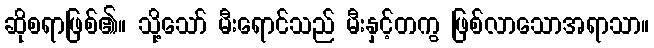
ဆိုစရာဖြစ်၏။ သို့သော် မီးရောင်သည် မီးနှင့်တကွ ဖြစ်လာသောအရာသာ။